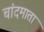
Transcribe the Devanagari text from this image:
चांदमाता